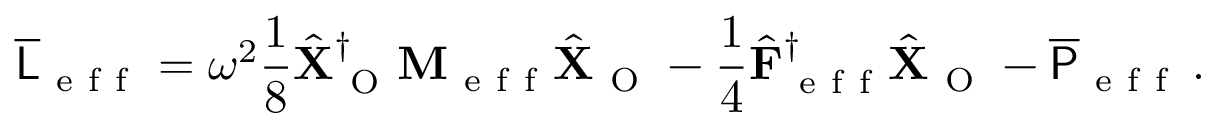
\overline { { \mathsf { L } } } _ { \mathrm { ~ e ~ f ~ f ~ } } = \omega ^ { 2 } \frac { 1 } { 8 } \hat { \mathbf { X } } _ { \mathrm { ~ O ~ } } ^ { \dagger } \mathbf { M } _ { \mathrm { ~ e ~ f ~ f ~ } } \hat { \mathbf { X } } _ { \mathrm { ~ O ~ } } - \frac { 1 } { 4 } \hat { \mathbf { F } } _ { \mathrm { ~ e ~ f ~ f ~ } } ^ { \dagger } \hat { \mathbf { X } } _ { \mathrm { ~ O ~ } } - \overline { { \mathsf { P } } } _ { \mathrm { ~ e ~ f ~ f ~ } } \, .